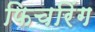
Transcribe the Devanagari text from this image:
फिचरिंग